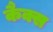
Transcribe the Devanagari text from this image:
कैक्स